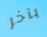
بآخر